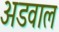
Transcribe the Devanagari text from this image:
अडवाल